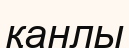
қанлы